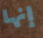
إنها